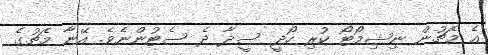
އެ މެޗުން ނިޝިމޯޓޯ ކުރި ހޯދީ ސީދާ ދެ ސެޓުންނެވެ. އޭނާ މެޗުގެ